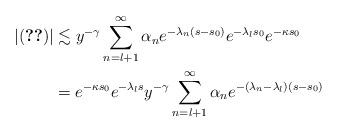
LaTeX: \begin{align*} \lvert\eqref{eq:8}\rvert&\lesssim y^{-\gamma}\sum_{n=l+1}^{\infty}\alpha_{n}e^{-\lambda_{n}( s- s_{0})}e^{-\lambda_{l} s_{0}}e^{-\kappa s_{0}}\\ &= e^{-\kappa s_{0}}e^{-\lambda_{l} s}y^{-\gamma}\sum_{n=l+1}^{\infty}\alpha_{n}e^{-(\lambda_{n}-\lambda_{l})( s- s_{0})} \end{align*}